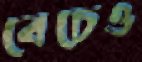
বেচেও